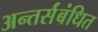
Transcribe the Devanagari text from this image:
अन्तर्संबंधित